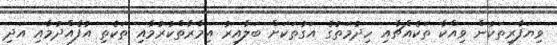
ވިޔަފާރިތަކުން ވިއްކާ ތަކެއްޗާއި ހިދުމަތުގެ އަގުތަކަށް ބަލާއިރު އިމާރާތްކުރުމާއި ތަކެތި އުފެއްދުމާއި އަދި